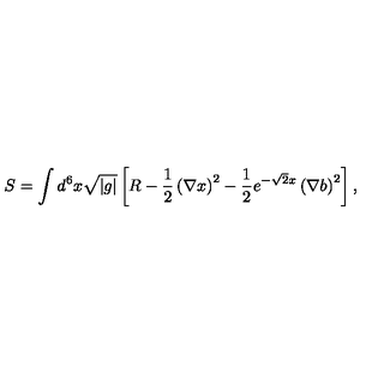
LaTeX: S = \int d ^ { 6 } x \sqrt { | g | } \left[ R - \frac { 1 } { 2 } \left( \nabla x \right) ^ { 2 } - \frac { 1 } { 2 } e ^ { - \sqrt { 2 } x } \left( \nabla b \right) ^ { 2 } \right] ,